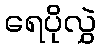
ရေပိုလွှဲ